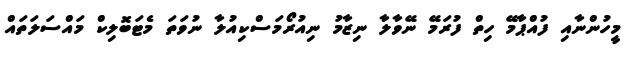
މީހުންނާއި ފުއްޕާމޭ ހިތް ފުރަމޭ ނޭވާލާ ނިޒާމު ނިއުރޯމަސްކިއުލާ ނުވަތަ މެޓަބޮލިކް މައްސަލަތައް